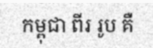
កម្ពុជា ពីរ រូប គឺ